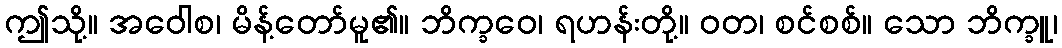
ဤသို့။ အဝေါစ၊ မိန့်တော်မူ၏။ ဘိက္ခဝေ၊ ရဟန်းတို့။ ဝတ၊ စင်စစ်။ သော ဘိက္ခူ၊